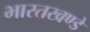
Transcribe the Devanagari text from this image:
भारतखण्डे